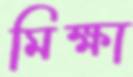
মিক্ষা